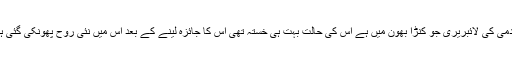
اکادمی کی لائبریری جو کنڑا بھون میں ہے اس کی حالت بہت ہی خستہ تھی اس کا جائزہ لینے کے بعد اس میں نئی روح پھونکی گئی ہے۔